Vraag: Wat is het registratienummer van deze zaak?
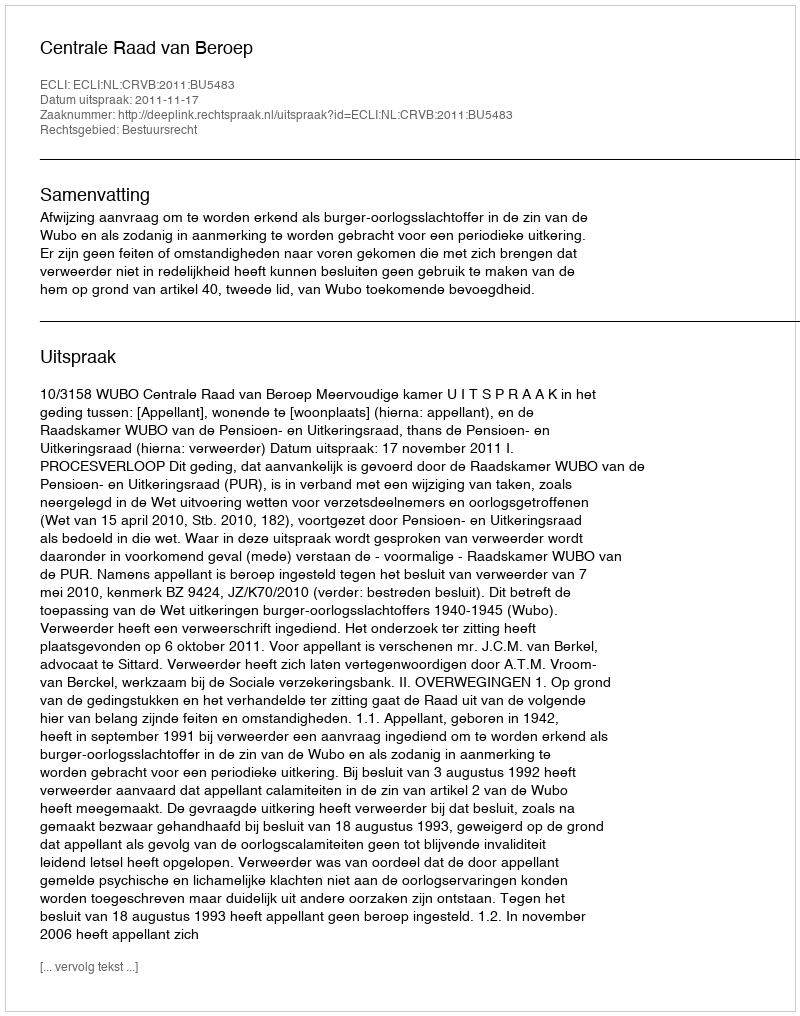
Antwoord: http://deeplink.rechtspraak.nl/uitspraak?id=ECLI:NL:CRVB:2011:BU5483